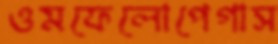
ওমফেলোপেগাস